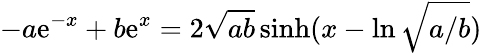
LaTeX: -a\mathrm{e}^{-x}+b\mathrm{e}^{x}=2\sqrt{ab}\sinh(x-\ln\sqrt{a/b})